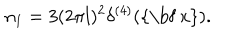
LaTeX: n _ { 1 } = 3 ( 2 \pi l ) ^ { 2 } \delta ^ { ( 4 ) } ( \mathrm { { \bf ~ x } } ) .